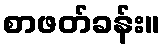
စာဖတ်ခန်း။